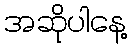
အဆိုပါနေ့